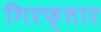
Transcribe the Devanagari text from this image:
गिरफ्तार